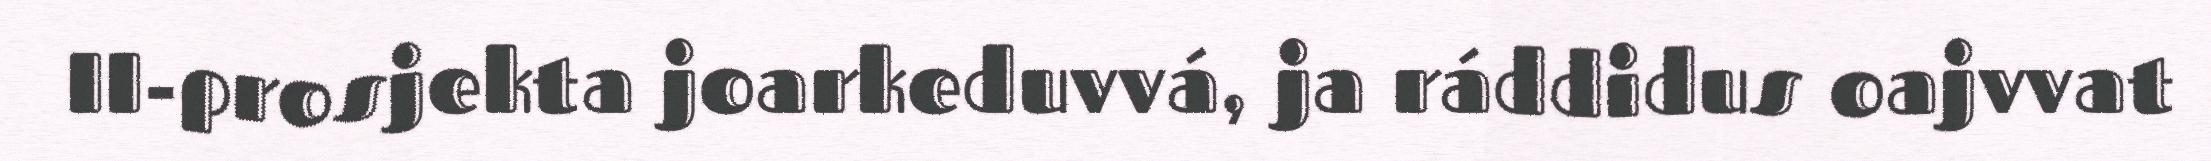
II-prosjekta joarkeduvvá, ja ráddidus oajvvat